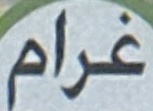
غرام